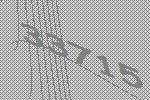
33715